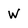
Character: W